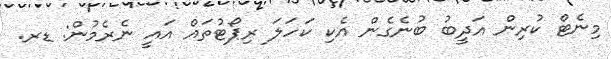
މިނެޓް ކުރިން އަދީބު ބުނެގެން އެކި ކަހަލަ ރިޕޯޓުތައް އައީ ނެރެމުން: ޑރ.